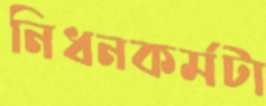
নিধনকর্মটা